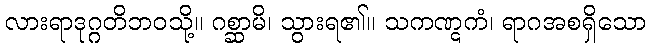
လားရာဒုဂ္ဂတိဘဝသို့။ ဂစ္ဆာမိ၊ သွားရ၏။ သကဏ္ဋကံ၊ ရာဂအစရှိသော